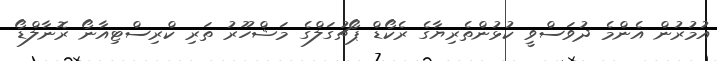
އުމުރުން އެންމެ ދުވަސްވީ ކުޅުންތެރިޔާގެ ރެކޯޑް ޕޯޗުގަލްގެ މަޝްހޫރު ތަރި ކްރިސްޓިއާނޯ ރޮނާލްޑޯ